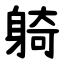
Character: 躸